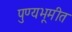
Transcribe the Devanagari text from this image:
पुण्यभूमीत